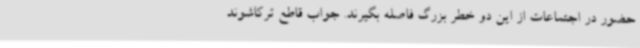
حضور در اجتماعات از این دو خطر بزرگ فاصله بگیرند. جواب قاطع ترکاشوند